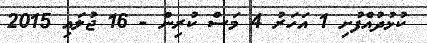
ކުޅުދުއްފުށި 1 އަހަރު 4 މަސް ކުރިން - 16 ޖުލައި 2015